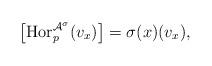
LaTeX: \begin{align*}\left[\operatorname{Hor}^{\mathcal{A}^\sigma}_p(v_x)\right]=\sigma(x)(v_x),\end{align*}